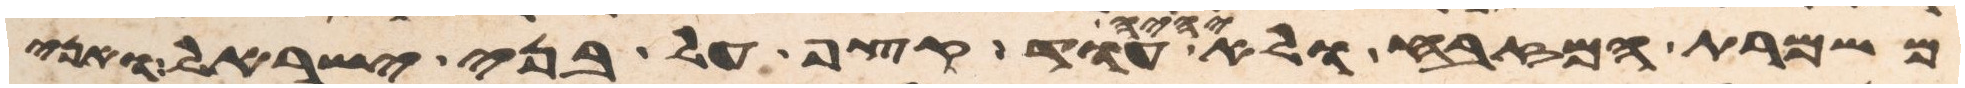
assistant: משמרת המזבח ולא יהיה עוד קצף על בני ישראל ואני